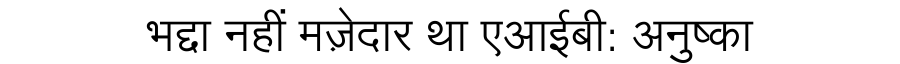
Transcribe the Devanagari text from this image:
भद्दा नहीं मज़ेदार था एआईबी: अनुष्का